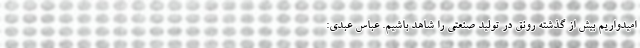
امیدواریم بیش از گذشته رونق در تولید صنعتی را شاهد باشیم. عباس عبدی: